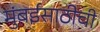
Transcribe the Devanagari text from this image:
मुंबईसाठीची